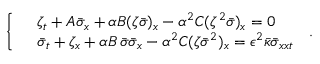
\left\{ \begin{array} { r l } & { \zeta _ { t } + A \bar { \sigma } _ { x } + \alpha B ( \zeta \bar { \sigma } ) _ { x } - \alpha ^ { 2 } C ( \zeta ^ { 2 } \bar { \sigma } ) _ { x } = 0 } \\ & { \bar { \sigma } _ { t } + \zeta _ { x } + \alpha B \, \bar { \sigma } \bar { \sigma } _ { x } - \alpha ^ { 2 } C ( \zeta \bar { \sigma } ^ { 2 } ) _ { x } = \epsilon ^ { 2 } \bar { \kappa } \bar { \sigma } _ { x x t } } \end{array} \right. \, .